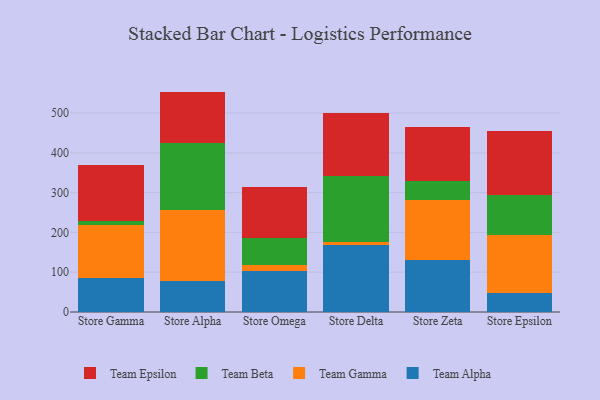
{"axis": {"x": "Store", "y": "Operating Costs (USD K)"}, "legend": ["Team Alpha", "Team Beta", "Team Epsilon", "Team Gamma"], "data": [{"x": "Store Gamma", "y": 85.1, "type": "Team Alpha"}, {"x": "Store Gamma", "y": 133.8, "type": "Team Gamma"}, {"x": "Store Gamma", "y": 8.9, "type": "Team Beta"}, {"x": "Store Gamma", "y": 142.8, "type": "Team Epsilon"}, {"x": "Store Alpha", "y": 77.7, "type": "Team Alpha"}, {"x": "Store Alpha", "y": 178.8, "type": "Team Gamma"}, {"x": "Store Alpha", "y": 167.6, "type": "Team Beta"}, {"x": "Store Alpha", "y": 129.7, "type": "Team Epsilon"}, {"x": "Store Omega", "y": 103.6, "type": "Team Alpha"}, {"x": "Store Omega", "y": 15.7, "type": "Team Gamma"}, {"x": "Store Omega", "y": 66.5, "type": "Team Beta"}, {"x": "Store Omega", "y": 127.5, "type": "Team Epsilon"}, {"x": "Store Delta", "y": 168.9, "type": "Team Alpha"}, {"x": "Store Delta", "y": 7.0, "type": "Team Gamma"}, {"x": "Store Delta", "y": 166.3, "type": "Team Beta"}, {"x": "Store Delta", "y": 157.5, "type": "Team Epsilon"}, {"x": "Store Zeta", "y": 129.9, "type": "Team Alpha"}, {"x": "Store Zeta", "y": 151.1, "type": "Team Gamma"}, {"x": "Store Zeta", "y": 48.2, "type": "Team Beta"}, {"x": "Store Zeta", "y": 136.6, "type": "Team Epsilon"}, {"x": "Store Epsilon", "y": 47.8, "type": "Team Alpha"}, {"x": "Store Epsilon", "y": 145.9, "type": "Team Gamma"}, {"x": "Store Epsilon", "y": 100.2, "type": "Team Beta"}, {"x": "Store Epsilon", "y": 162.0, "type": "Team Epsilon"}]}